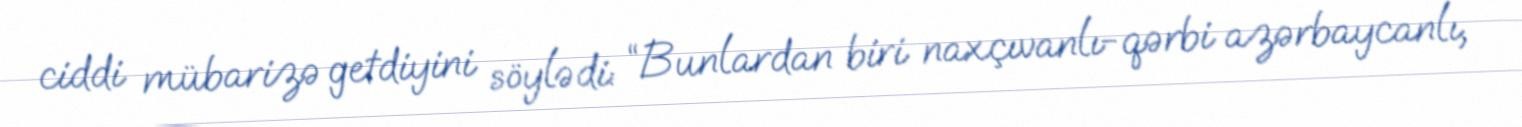
ciddi mübarizə getdiyini söylədi: “Bunlardan biri naxçıvanlı-qərbi azərbaycanlı,